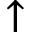
\uparrow